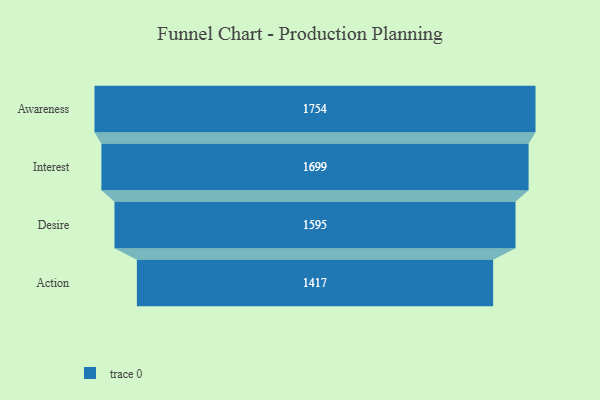
{"axis": {"x": "Stage", "y": "Value"}, "legend": [""], "data": [{"x": "Awareness", "y": 1754.0, "type": ""}, {"x": "Interest", "y": 1699.0, "type": ""}, {"x": "Desire", "y": 1595.0, "type": ""}, {"x": "Action", "y": 1417.0, "type": ""}]}